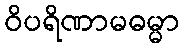
ဝိပရိဏာမဓမ္မာ